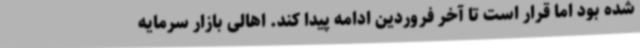
شده بود اما قرار است تا آخر فروردین ادامه پیدا کند. اهالی بازار سرمایه